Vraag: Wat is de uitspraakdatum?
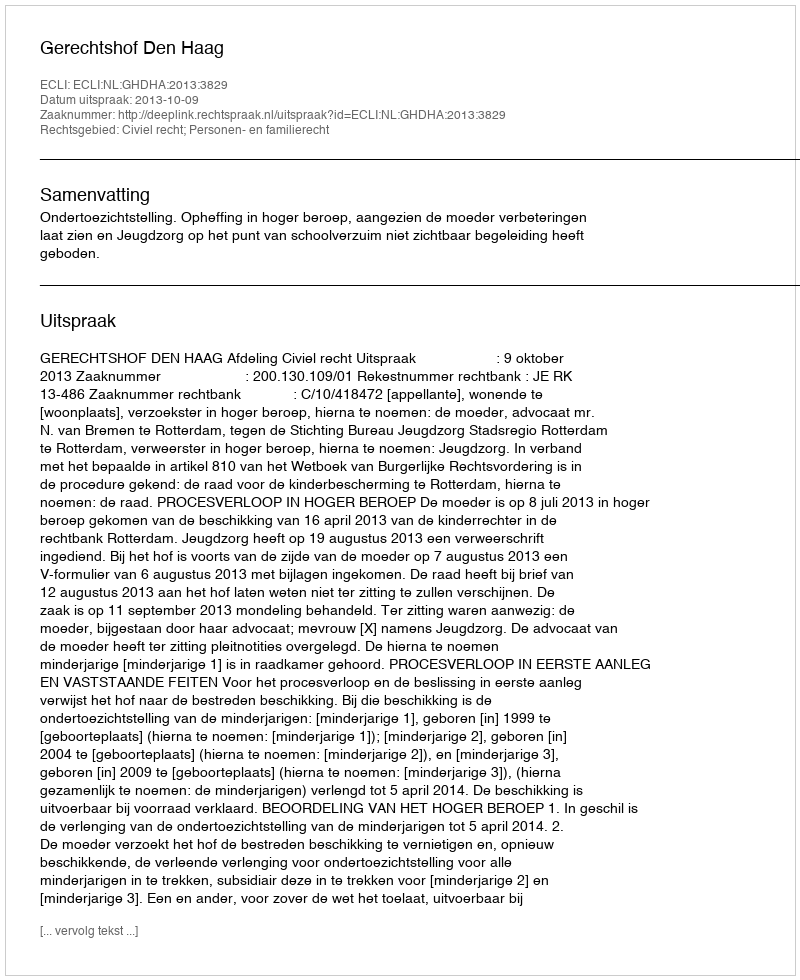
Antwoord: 2013-10-09